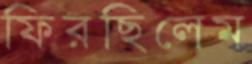
ফিরছিলেম